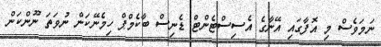
ނަމަވެސް މި އޮފާގައި އޭނާގެ އެސިސްޓެންޓް ޑެނިސް ބާކެމްޕް ހިމެނޭކަން ނުވަތަ ނޫންކަން